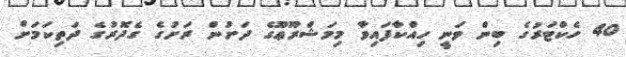
40 ހެކްޓަރުގެ ބިން ވަނީ ހިއްކާފައިވާ މިމަޝްރޫޢޫގެ ދަށުން ރަށުގެ ގެދޮރުގެ ދަތިކަމަށް